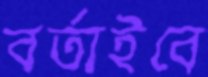
বর্তাইবে